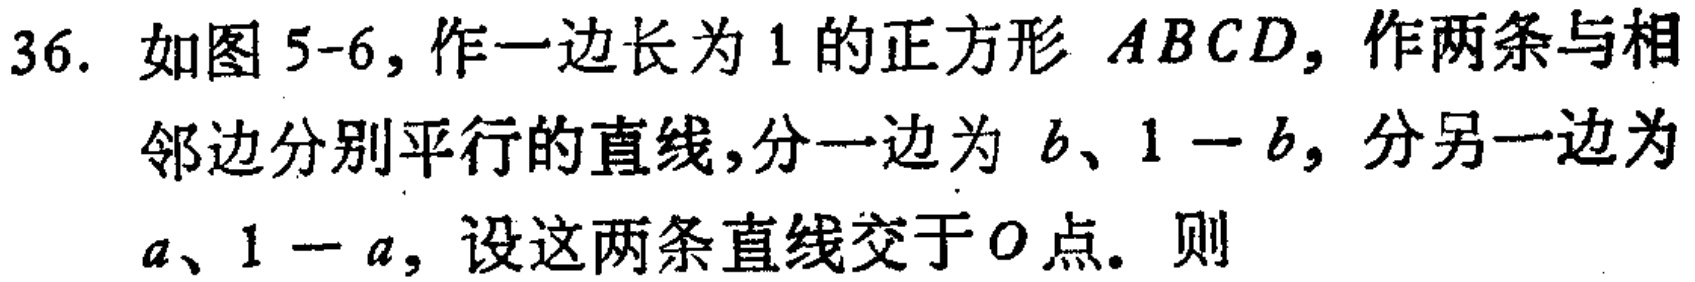
36. 如图 5-6，作一边长为 1 的正方形 \(ABCD\)，作两条与相邻边分别平行的直线，分一边为 \(b、1 - b\)，分另一边为 \(a、1 - a\)，设这两条直线交于 \(O\) 点。则